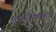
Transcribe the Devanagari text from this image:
मराठीभाषकांना